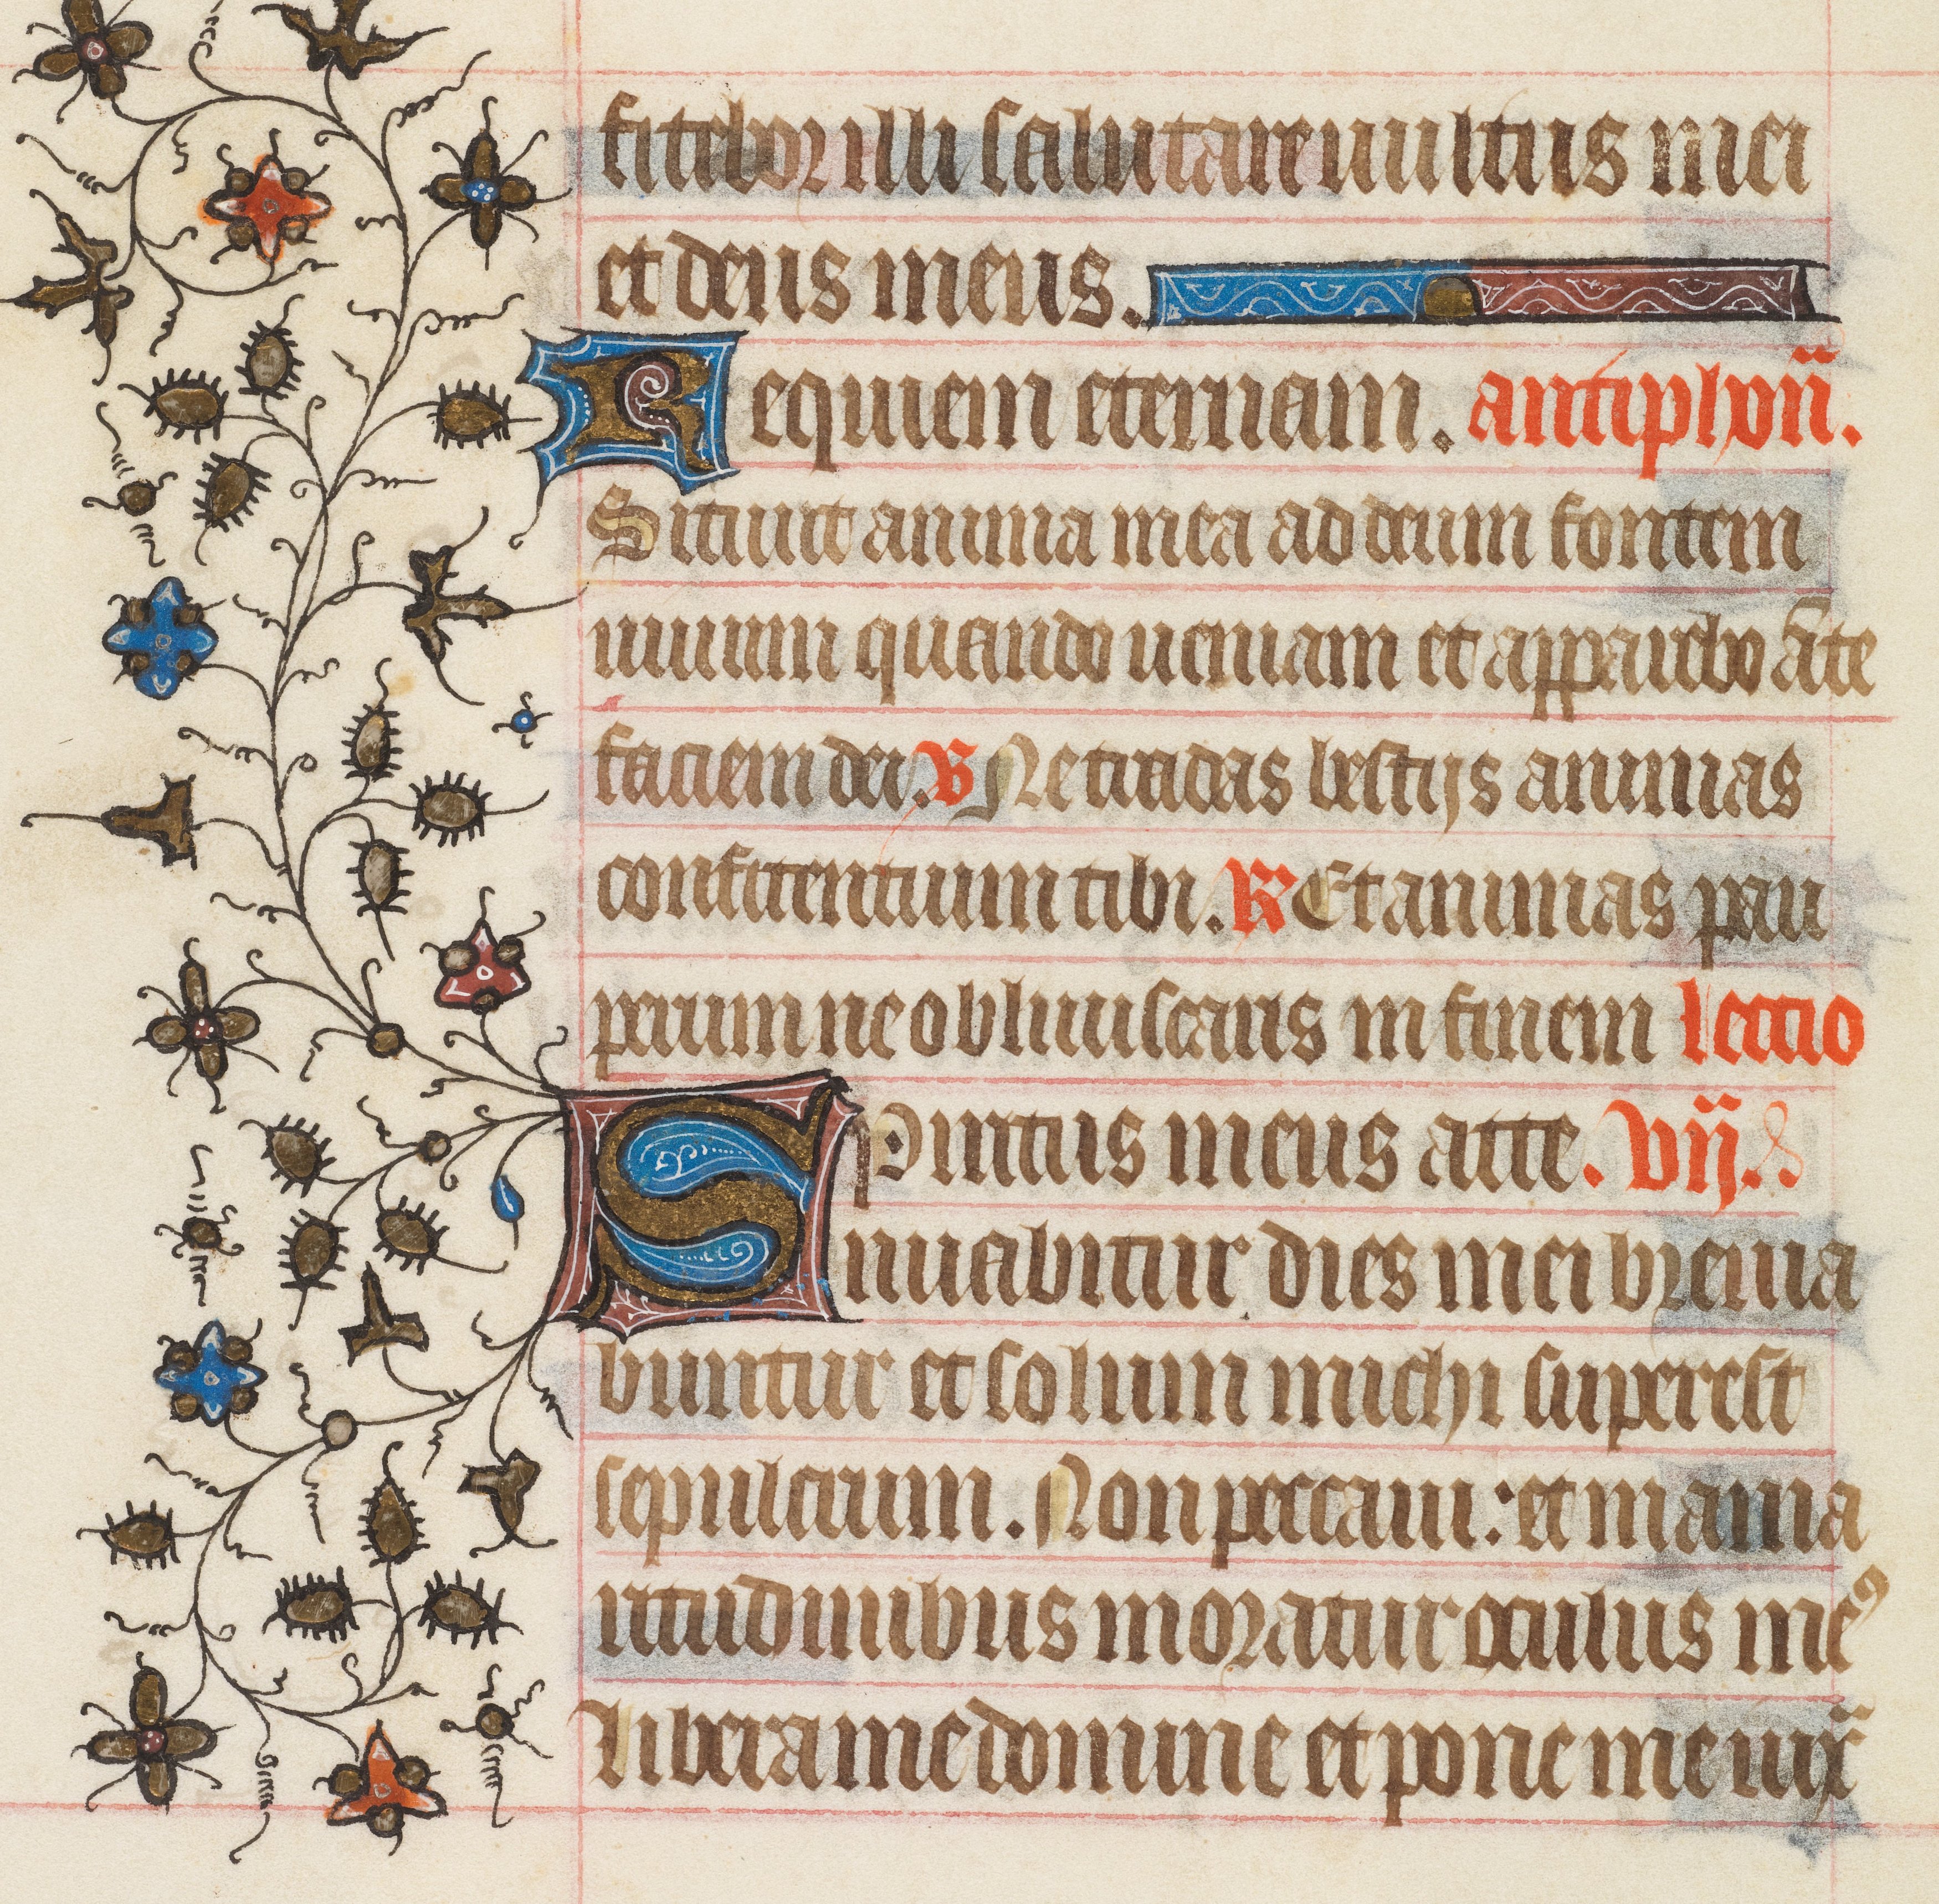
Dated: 1408–1410